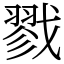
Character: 戮